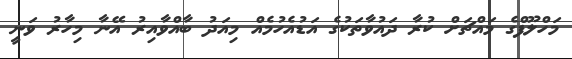
މަހްލޫފްގެ މައްޗަށް ކުރާ ދައުވާތަކުގެ އަޑުއެހުމެއް މިއަދު ބާއްވާއިރު އޭނާ މިހާރު ވަނީ